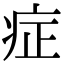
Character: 症